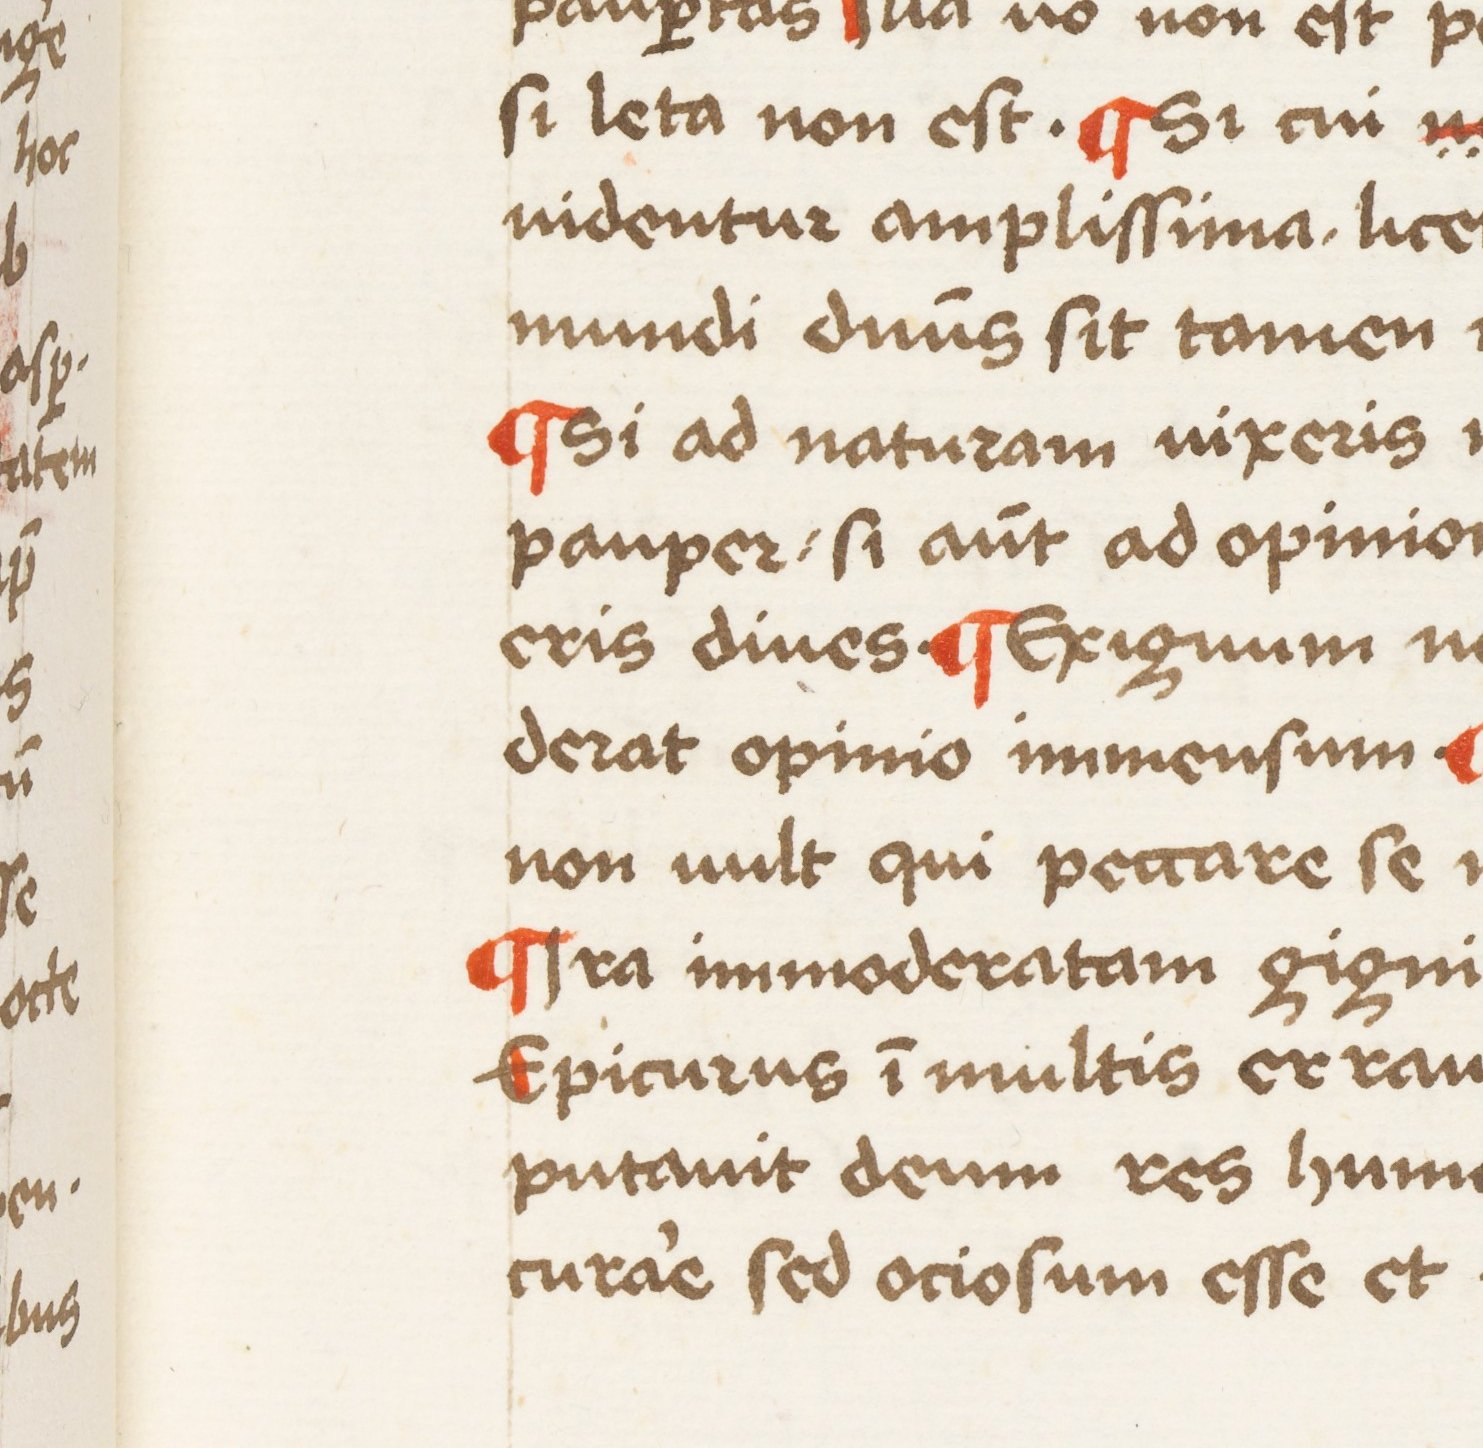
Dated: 1450–1474